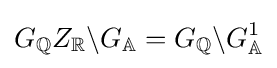
G_{\mathbb {Q} }Z_{\mathbb {R} }\backslash G_{\mathbb {A} }=G_{\mathbb {Q} }\backslash G_{\mathbb {A} }^{1}